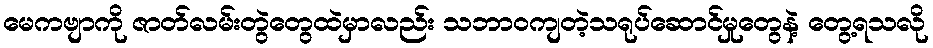
မေကဗျာကို ဇာတ်လမ်းတွဲတွေထဲမှာလည်း သဘာဝကျတဲ့သရုပ်ဆောင်မှုတွေနဲ့ တွေ့ရသလို